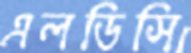
এলডিসি